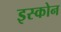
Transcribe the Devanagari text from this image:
इस्कोन